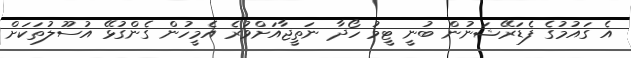
އެ ގައުމުގެ ފެޑަރޭޝަނުން ބުނީ ޓީމު ހޯދާ ނަތީޖާއަށްވުރެ އެމީހުން ގެންގުޅޭ އުސޫލުތަކަށް